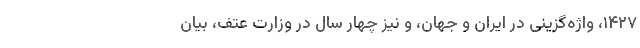
۱۴۲۷، واژه‌گزینی در ایران و جهان، و نیز چهار سال در وزارت عتف، بیان